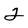
Character: 2